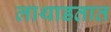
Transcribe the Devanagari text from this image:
लाथाडतात